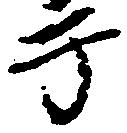
于